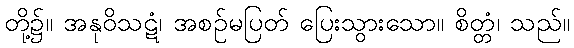
တို့၌။ အနုဝိသဋံ၊ အစဉ်မပြတ် ပြေးသွားသော။ စိတ္တံ၊ သည်။